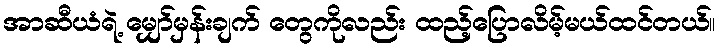
အာဆီယံရဲ့ မျှော်မှန်းချက် တွေကိုလည်း ထည့်ပြောလိမ့်မယ်ထင်တယ်။